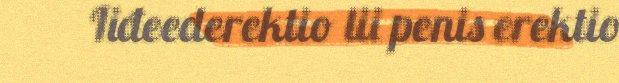
Iiđeederektio lii penis erektio